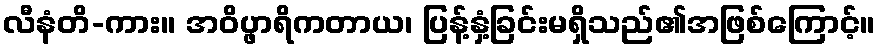
လီနံတိ-ကား။ အဝိပ္ဖာရိကတာယ၊ ပြန့်နှံ့ခြင်းမရှိသည်၏အဖြစ်ကြောင့်။